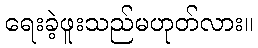
ရေးခဲ့ဖူးသည်မဟုတ်လား။